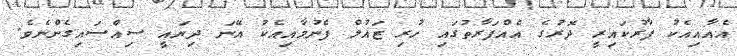
އެއާއިއެކު ފާރުކައިރީ ދޮރުގެ އެއްފަރާތުގައި ހުރި ޒައުލް ފެނުމާއިއެކު އޭނަ ދިޔައީ ސިއްސައިގެންނެވެ.